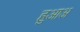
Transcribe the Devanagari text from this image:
हुआअ